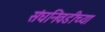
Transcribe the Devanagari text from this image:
संघनिवडीच्या